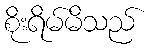
စိုးရိမ်မိသည်